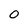
Character: 0